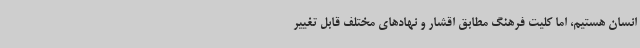
انسان هستیم، اما کلیت فرهنگ مطابق اقشار و نهادهای مختلف قابل تغییر